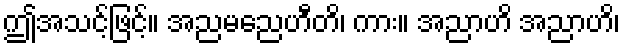
ဤအသင့်ဖြင့်။ အညမညေဟီတိ၊ ကား။ အညာဟိ အညာဟိ၊